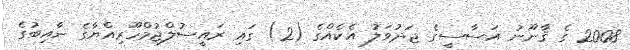
2008 ގެ ޤާނޫނު އަސާސީގެ ޖަދުވަލު އެކެއްގެ (2) ގައި ރައީސުލްޖުމްހޫރިއްޔާގެ ނާއިބުގެ